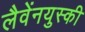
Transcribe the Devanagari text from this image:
लैवेंनयुस्की